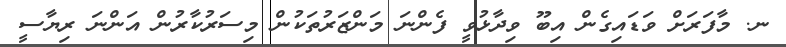
ނ. މާފަރަށް ވަޑައިގެން އިބޫ ވިދާޅުވީ ފެންނަ މަންޒަރުތަކުން މިސަރުކާރުން އަންނަ ރިޔާސީ